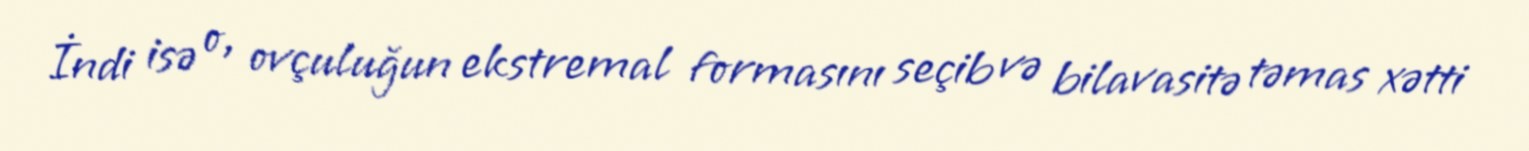
İndi isə o, ovçuluğun ekstremal formasını seçib və bilavasitə təmas xətti